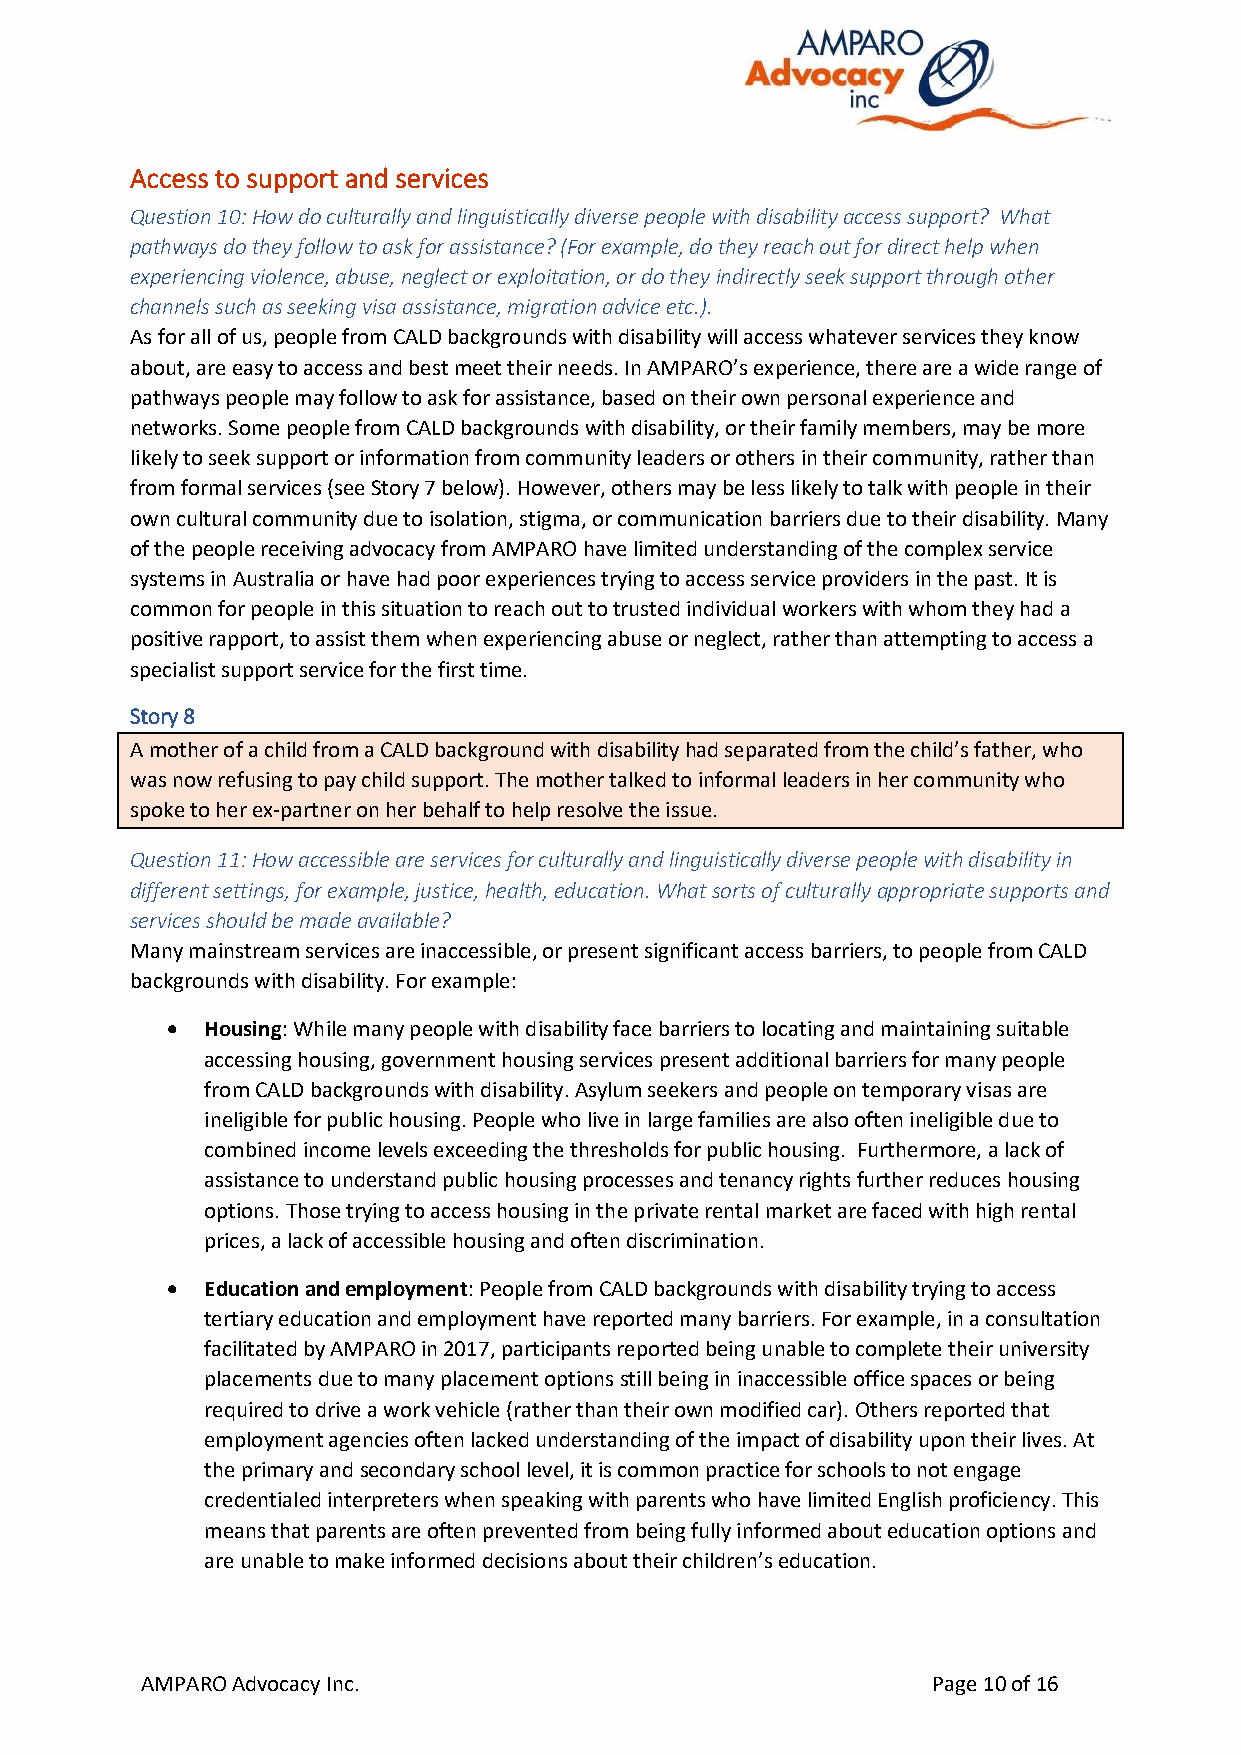
Access to support and services
 Question 10: How do culturally and linguistically diverse people with disability access support? What
 pathways do they follow to ask for assistance? (For example, do they reach out for direct help when
 experiencing violence, abuse, neglect or exploitation, or do they indirectly seek support through other
 channels such as seeking visa assistance, migration advice etc.).
 As for all of us, people from CALD backgrounds with disability will access whatever services they know
 about, are easy to access and best meet their needs. In AMPARO’s experience, there are a wide range of
 pathways people may follow to ask for assistance, based on their own personal experience and
 networks. Some people from CALD backgrounds with disability, or their family members, may be more
 likely to seek support or information from community leaders or others in their community, rather than
 from formal services (see Story 7 below). However, others may be less likely to talk with people in their
 own cultural community due to isolation, stigma, or communication barriers due to their disability. Many
 of the people receiving advocacy from AMPARO have limited understanding of the complex service
 systems in Australia or have had poor experiences trying to access service providers in the past. It is
 common for people in this situation to reach out to trusted individual workers with whom they had a
 positive rapport, to assist them when experiencing abuse or neglect, rather than attempting to access a
 specialist support service for the first time.
 Story 8
 A mother of a child from a CALD background with disability had separated from the child’s father, who
 was now refusing to pay child support. The mother talked to informal leaders in her community who
 spoke to her ex-partner on her behalf to help resolve the issue.
 Question 11: How accessible are services for culturally and linguistically diverse people with disability in
 different settings, for example, justice, health, education. What sorts of culturally appropriate supports and
 services should be made available?
 Many mainstream services are inaccessible, or present significant access barriers, to people from CALD
 backgrounds with disability. For example:
 •  Housing: While many people with disability face barriers to locating and maintaining suitable
 accessing housing, government housing services present additional barriers for many people
 from CALD backgrounds with disability. Asylum seekers and people on temporary visas are
 ineligible for public housing. People who live in large families are also often ineligible due to
 combined income levels exceeding the thresholds for public housing. Furthermore, a lack of
 assistance to understand public housing processes and tenancy rights further reduces housing
 options. Those trying to access housing in the private rental market are faced with high rental
 prices, a lack of accessible housing and often discrimination.
 •  Education and employment: People from CALD backgrounds with disability trying to access
 tertiary education and employment have reported many barriers. For example, in a consultation
 facilitated by AMPARO in 2017, participants reported being unable to complete their university
 placements due to many placement options still being in inaccessible office spaces or being
 required to drive a work vehicle (rather than their own modified car). Others reported that
 employment agencies often lacked understanding of the impact of disability upon their lives. At
 the primary and secondary school level, it is common practice for schools to not engage
 credentialed interpreters when speaking with parents who have limited English proficiency. This
 means that parents are often prevented from being fully informed about education options and
 are unable to make informed decisions about their children’s education.
 AMPARO Advocacy Inc.                                 Page 10 of 16